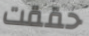
حققت